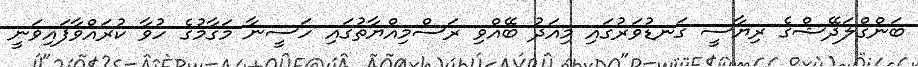
ބަންގްލަދޭޝްގެ ރިޔާސީ ގަނޑުވަރުގައި މިއަދު ބޭއްވި ރަސްމިއްޔާތުގައި ހަސީނާ މަގާމުގެ ހުވާ ކުރައްވާފައިވަނީ